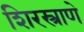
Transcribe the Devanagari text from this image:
शिरस्त्राणे